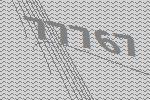
77767